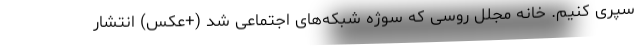
سپری کنیم. خانه‌ مجلل روسی که سوژه شبکه‌های اجتماعی شد (+عکس) انتشار